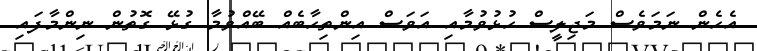
އެހެން ނަމަވެސް މަޖިލީސް ހުޅުވުމާއި އަވަސް އިންތިހާބެއް ބޭއްވުމާ ގުޅޭ ގޮތުން ނިންމާފައި